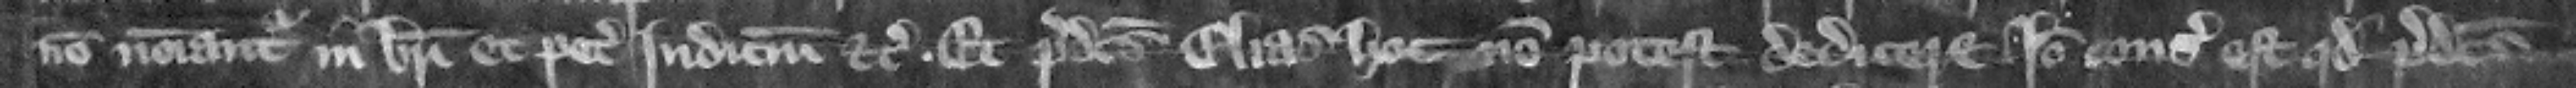
non nominantur in breui. Et petit iudicium etc. Et predictus Elias hoc non potest dedicere. Ideo consideratum est quod predictus